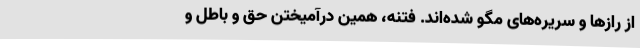
از رازها و سریره‌های مگو شده‌اند. فتنه، همین درآمیختن حق و باطل و